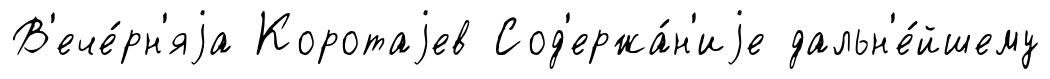
В'ече́рн'яjа Коротаjев Сод'ержа́н'иjе дальн'е́йшему